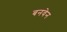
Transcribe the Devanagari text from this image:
बनवेन